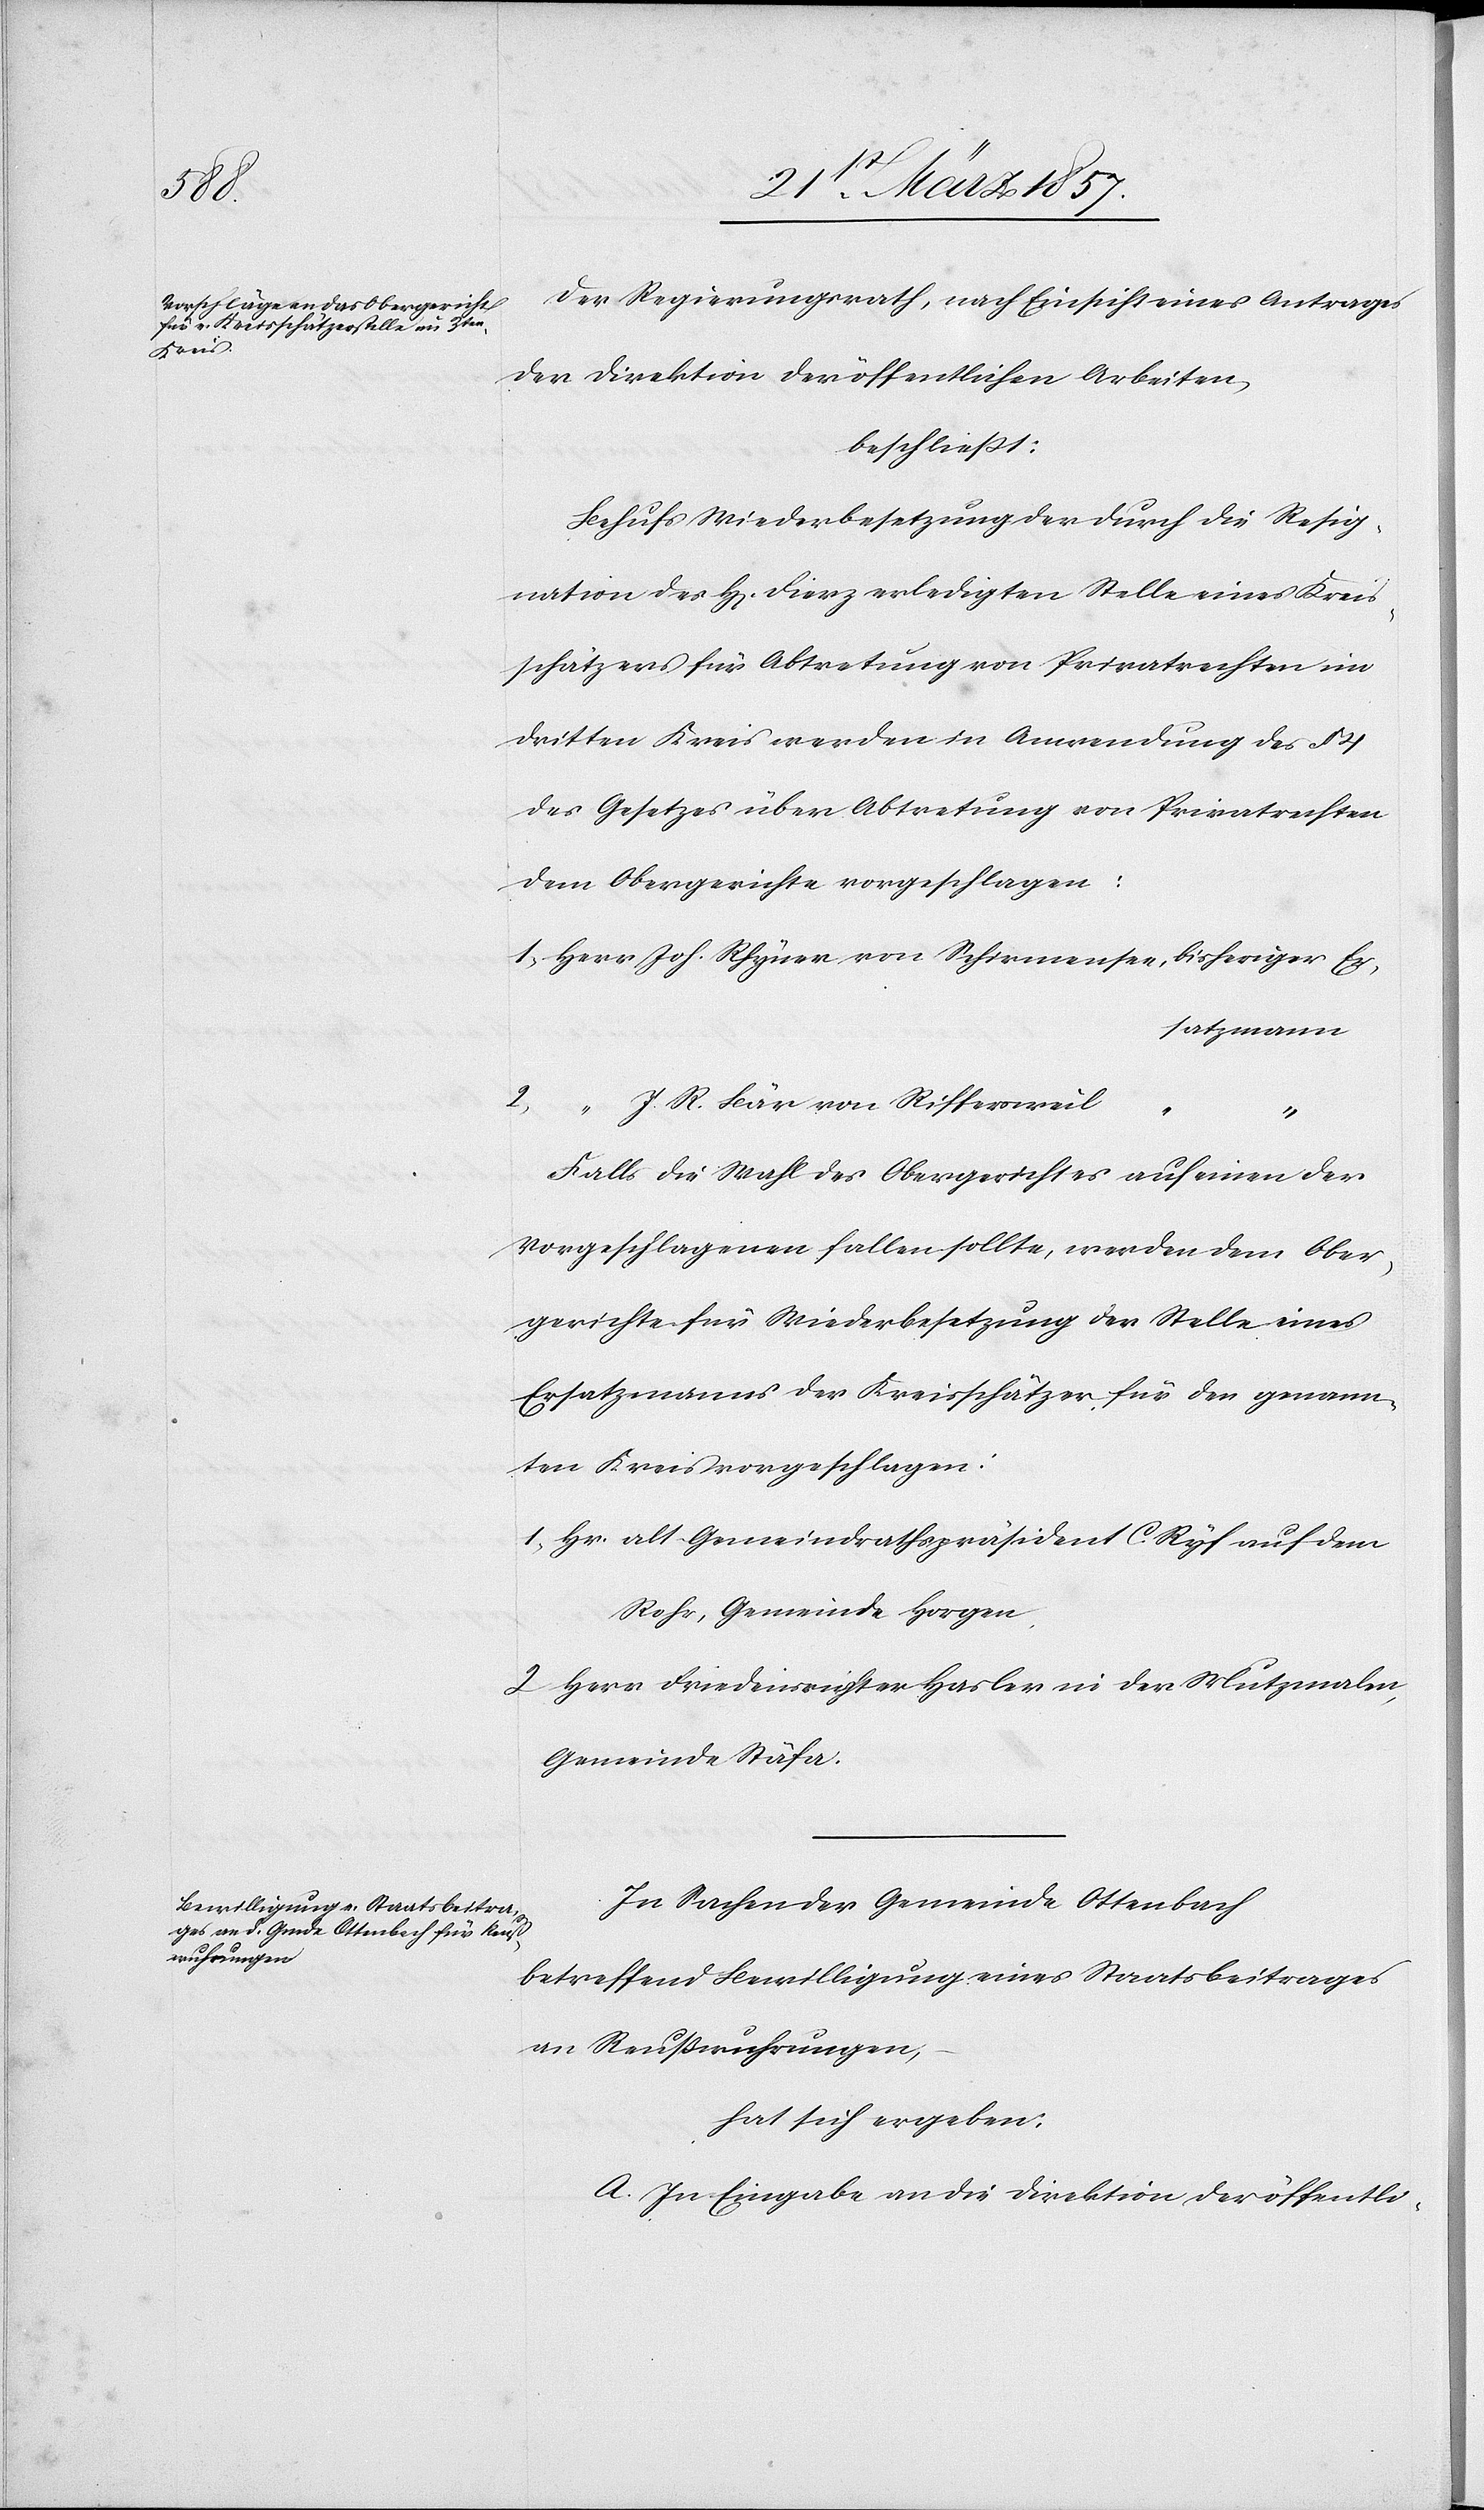
2.

Der Regierungsrath, nach Einsicht eines Antrages
der Direktion der öffentlichen Arbeiten,
beschließt:
Behufs Wiederbesetzung der durch die Resig¬
nation des H[errn] Fierz erledigten Stelle eines Kreis¬
schätzers für Abtretung von Privatrechten im
dritten Kreis werden in Anwendung des §
des Gesetzes über Abtretung von Privatrechten
dem Obergerichte vorgeschlagen:
1. Herr Joh. Rhyner von Schirmensee, bisheriger Er¬
satzmann
J. R. Bär von Riffersweil
“
“
Falls die Wahl des Obergerichtes auf einen der
Vorgeschlagenen fallen sollte, werden dem Ober¬
gerichte für Wiederbesetzung der Stelle eines
Ersatzmanns der Kreisschätzer für den genann¬
ten Kreis vorgeschlagen:
1. Hr. alt Gemeindrathspräsident C. Ryf auf dem
Rohr, Gemeinde Horgen,
2. Herr Friedensrichter Hasler in der Mutzmalen,
Gemeinde Stäfa.
In Sachen der Gemeinde Ottenbach
betreffend Bewilligung eines Staatsbeitrages
an Reußwuhrungen,
hat sich ergeben:
A. In Eingabe an die Direktion der öffentli-